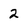
Character: 2